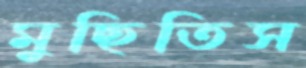
মুছিতিস